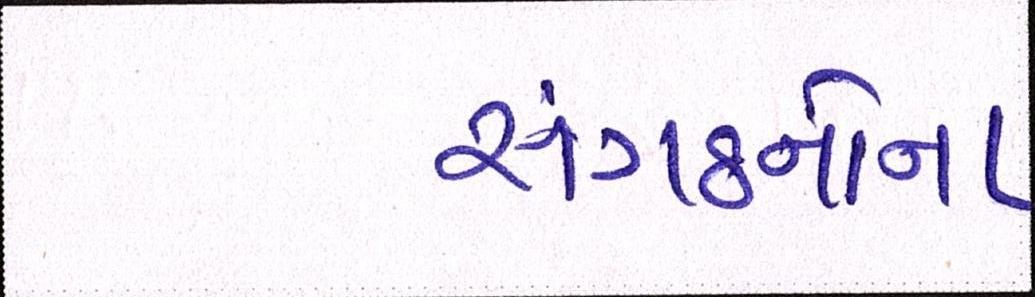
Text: સંગઠનોના